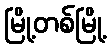
မြို့တစ်မြို့